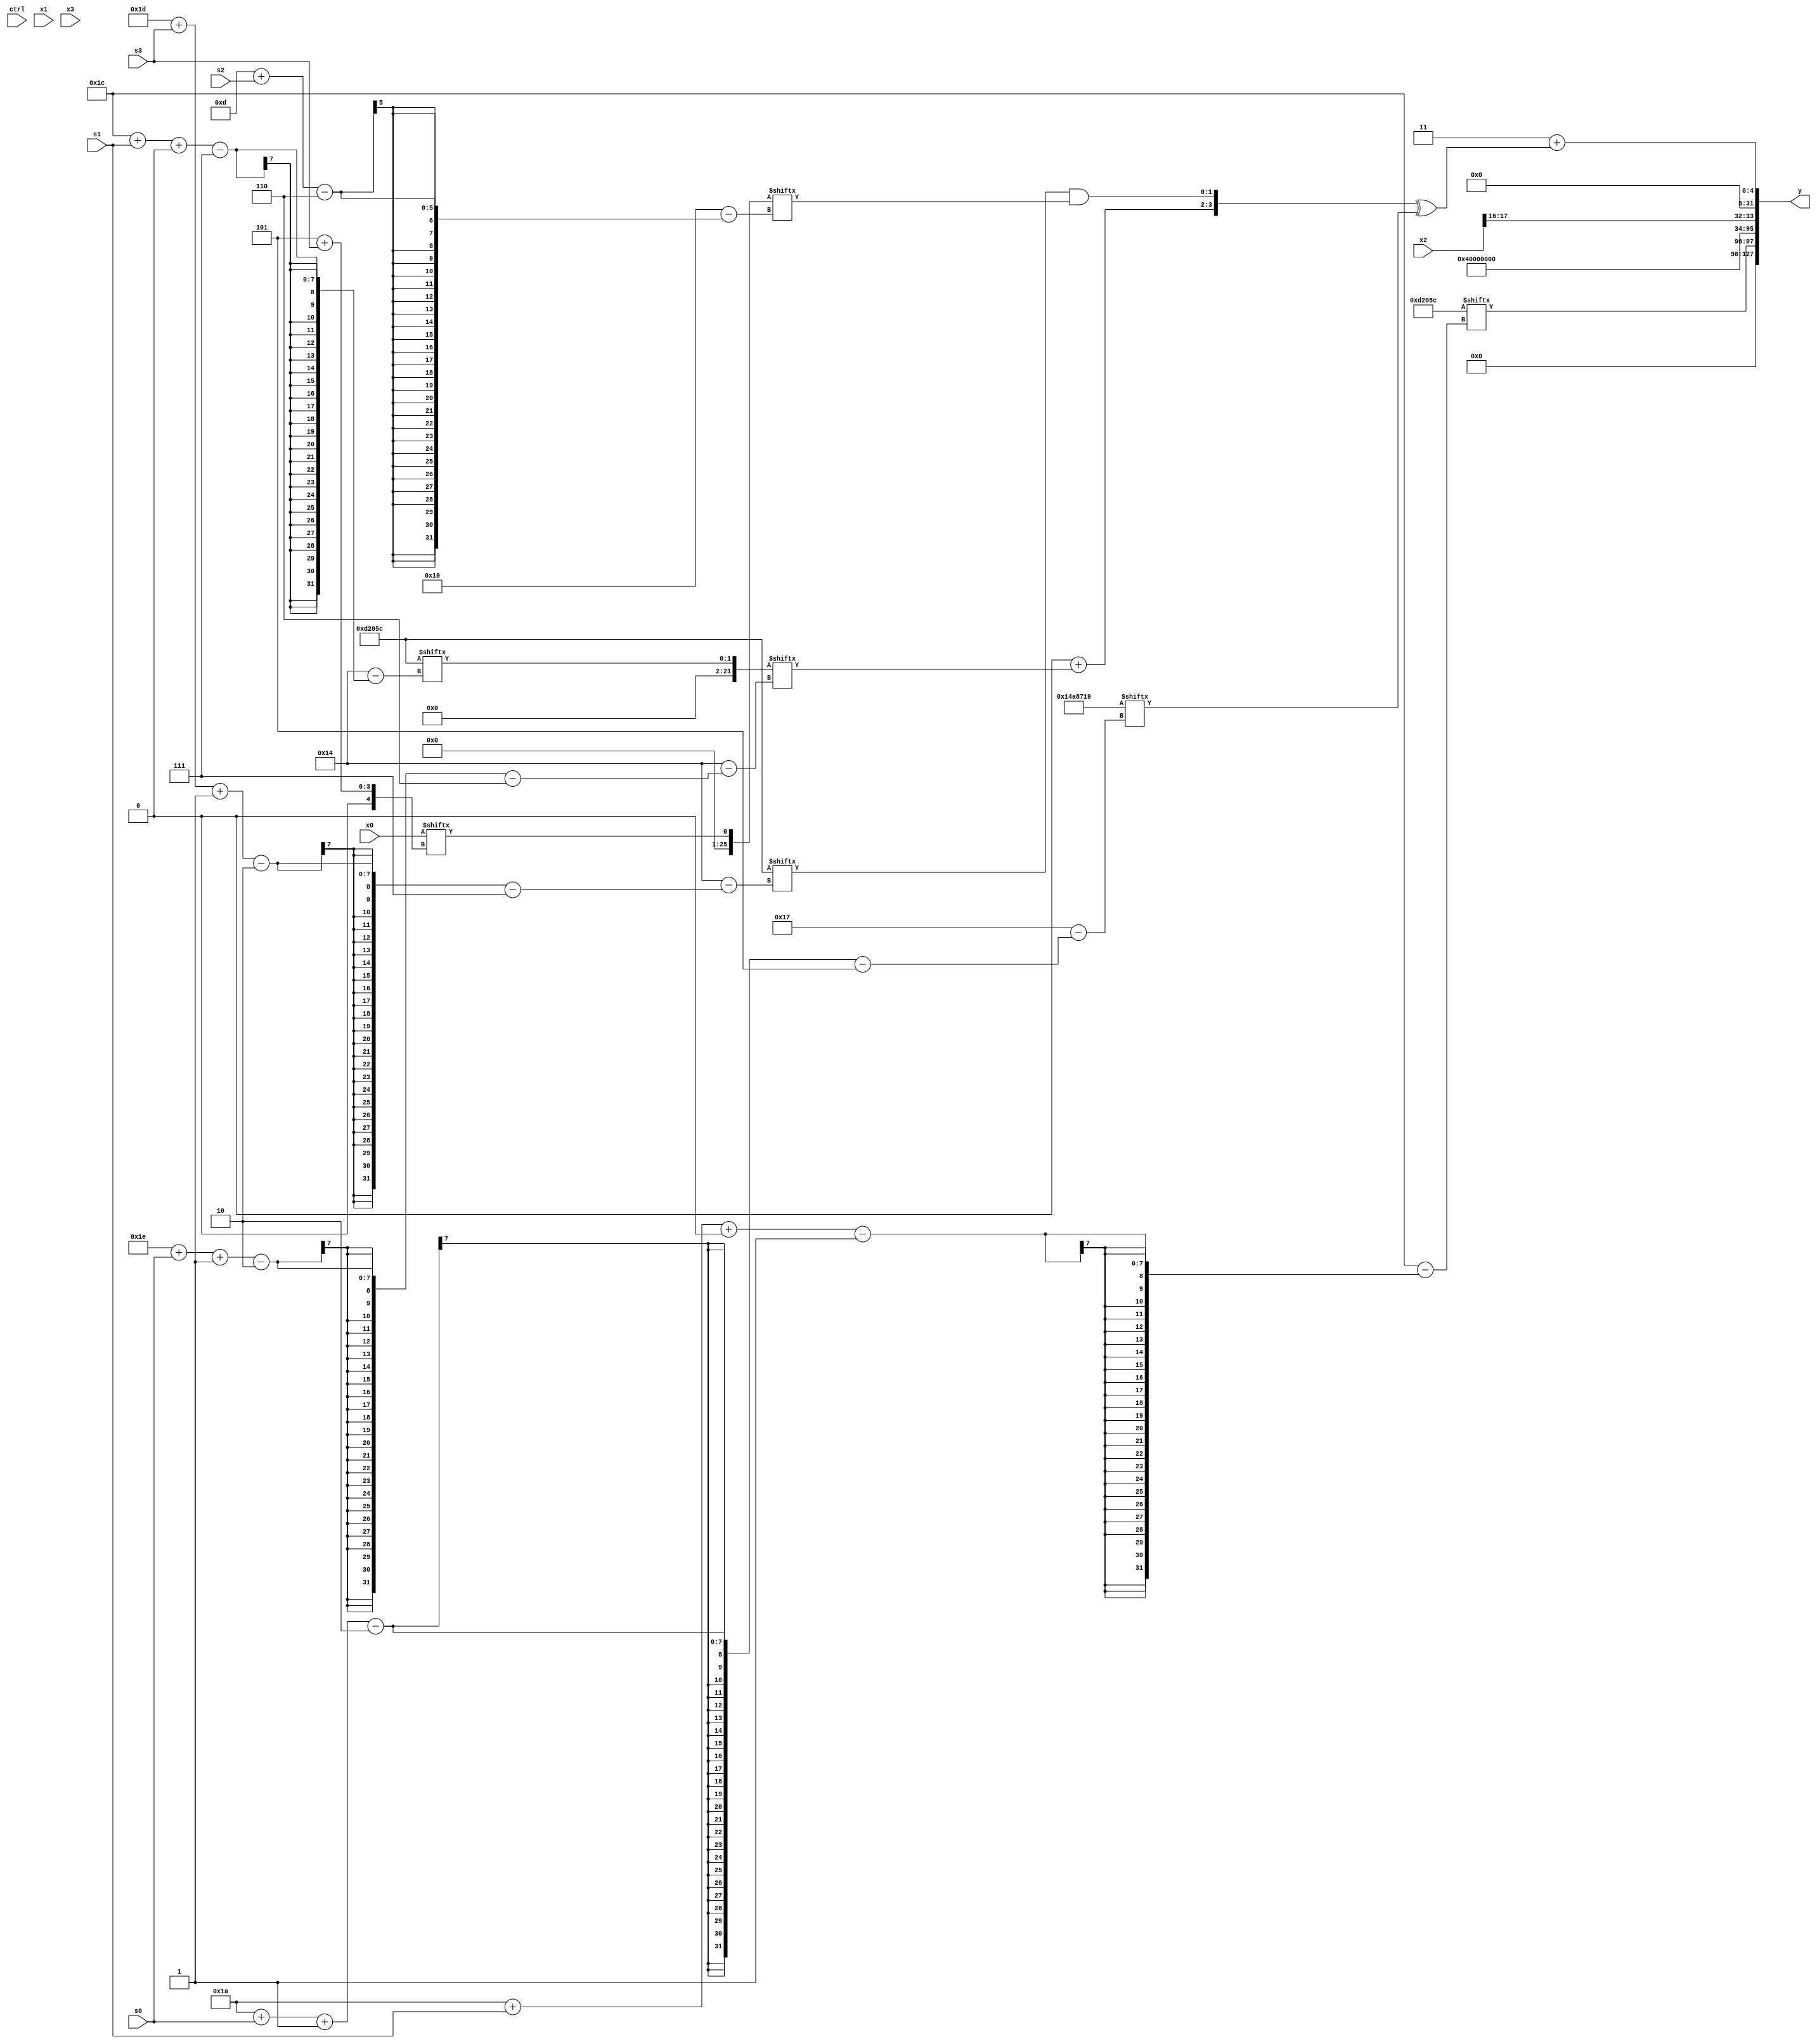
module partsel_00245(ctrl, s0, s1, s2, s3, x0, x1, x2, x3, y);
  input [3:0] ctrl;
  input [2:0] s0;
  input [2:0] s1;
  input [2:0] s2;
  input [2:0] s3;
  input [31:0] x0;
  input [31:0] x1;
  input signed [31:0] x2;
  input signed [31:0] x3;
  wire signed [5:26] x4;
  wire [28:2] x5;
  wire [6:31] x6;
  wire [24:1] x7;
  wire [1:30] x8;
  wire signed [4:28] x9;
  wire signed [27:7] x10;
  wire [28:1] x11;
  wire signed [26:3] x12;
  wire signed [5:29] x13;
  wire signed [6:27] x14;
  wire [28:7] x15;
  output [127:0] y;
  wire signed [31:0] y0;
  wire signed [31:0] y1;
  wire signed [31:0] y2;
  wire [31:0] y3;
  assign y = {y0,y1,y2,y3};
  localparam [7:28] p0 = 88940636;
  localparam signed [5:29] p1 = 222988057;
  localparam [26:4] p2 = 373677151;
  localparam signed [3:30] p3 = 576997225;
  assign x4 = x3[20 + s3 +: 2];
  assign x5 = ((x0[28 + s0 -: 5] | x0[17 + s2 +: 6]) + ({2{(!ctrl[1] || !ctrl[0] && ctrl[2] ? (x3 & ((x2[13 +: 3] ^ p1[21 + s1 +: 7]) ^ p0)) : (ctrl[3] && ctrl[0] || !ctrl[1] ? x3 : p2[23 -: 1]))}} ^ ({2{x4[10 + s0]}} | x1[1 + s1 -: 4])));
  assign x6 = x0[5 + s3];
  assign x7 = {2{(x2[18 +: 4] - p3[9 + s1 +: 8])}};
  assign x8 = p0;
  assign x9 = x4[15 + s3 +: 4];
  assign x10 = (p0[22] | ((p0 - ((x8[7 + s0 -: 8] + p1[24 + s2 +: 1]) & x1[1 + s0 +: 3])) - ((ctrl[2] || !ctrl[0] || ctrl[0] ? x7[17] : {x5[12 -: 1], x2[0 + s2 -: 4]}) + (ctrl[0] && ctrl[0] && ctrl[1] ? (ctrl[2] && ctrl[3] && !ctrl[2] ? (x3 - p1) : (p2[21 -: 4] - x5[21 -: 3])) : (x0[18 +: 3] ^ x3[21 + s0 -: 7])))));
  assign x11 = p1[20 -: 3];
  assign x12 = {(({(p3[15 -: 3] | x2[16]), p0} ^ {x11[8 + s2], (p1 - ((((x3 - p1[6 + s1 -: 6]) - (x8[12 +: 2] - p3[14 + s2 -: 7])) | x4) + (x0 | x4)))}) + x2[8 +: 4]), p1};
  assign x13 = p0[13 -: 1];
  assign x14 = p0[28 + s1 +: 2];
  assign x15 = x4[17 +: 3];
  assign y0 = x8[26 + s1 +: 2];
  assign y1 = p0[12 -: 1];
  assign y2 = x2[16 +: 2];
  assign y3 = (x11 + ({(p1[17] + x14[30 + s0 -: 2]), (p0[29 + s3 -: 2] & x6[13 + s2])} ^ p1[26 + s0 -: 2]));
endmodule